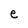
Character: e